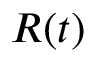
R ( t )